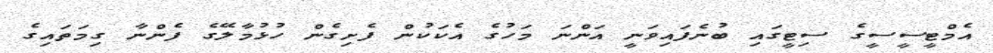
އެމްޓީސީސީގެ ސިޓީގައި ބުނެފައިވަނީ އަންނަ މަހުގެ އެކަކުން ފެށިގެން ހުޅުމާލޭގެ ފެންނާ ގިމަތައިގެ